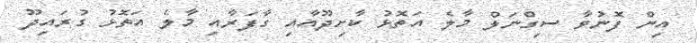
އިން ފޮނުވާ ސިގްނަލް މާލެ އަތޮޅު ކާށިދޫއާއި ގާފަރާއި މާލެ އަތޮޅު ގުރައިދޫ